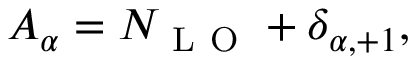
A _ { \alpha } = N _ { \mathrm { ~ L ~ O ~ } } + \delta _ { \alpha , + 1 } ,